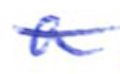
Text: a
Cross-out: mix
Writing tool: ballpoint